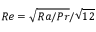
R e = \sqrt { R a / P r } / \sqrt { 1 2 }